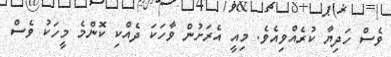
ވެސް ހަދިޔާ ކުރެއްވިއެވެ. މިއީ އެރަށުން ވާހަކަ ދެއްކި ކޮންމެ މީހަކު ވެސް